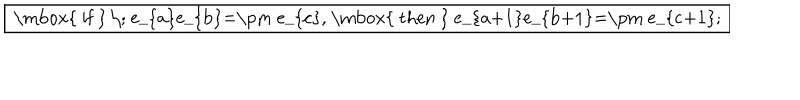
LaTeX: \fbox { \mathrm { ~ i f ~ } \; e _ { a } e _ { b } = \pm e _ { c } , \mathrm { ~ t h e n ~ } e _ { a + 1 } e _ { b + 1 } = \pm e _ { c + 1 } ; }